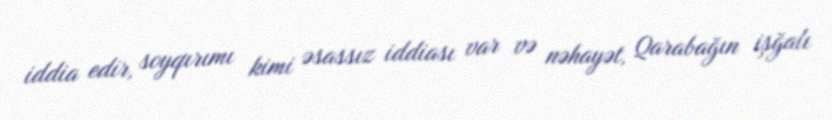
iddia edir, soyqırımı kimi əsassız iddiası var və nəhayət, Qarabağın işğalı